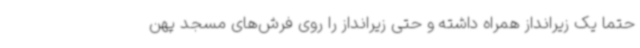
حتما یک زیرانداز همراه داشته و حتی زیرانداز را روی فرش‌های مسجد پهن